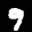
Label: 9